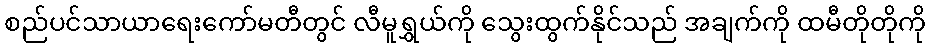
စည်ပင်သာယာရေးကော်မတီတွင် လီမူရွှယ်ကို သွေးထွက်နိုင်သည် အချက်ကို ထမီတိုတိုကို